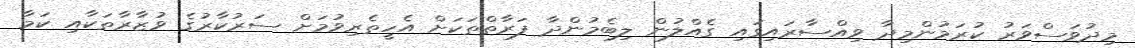
މިދުވަސްވަރު ކުރަމުންމިދާ ވިއްސާރައިގައި ގެއްލުން ލިބެމުންދާ ފަރާތްތަކަށް އެހީތެރިވުމަށް ސަރުކާރުގެ ވުޒާރާތަކާއި ކަމާ